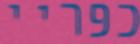
כפריי